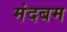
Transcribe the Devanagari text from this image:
मंदबम